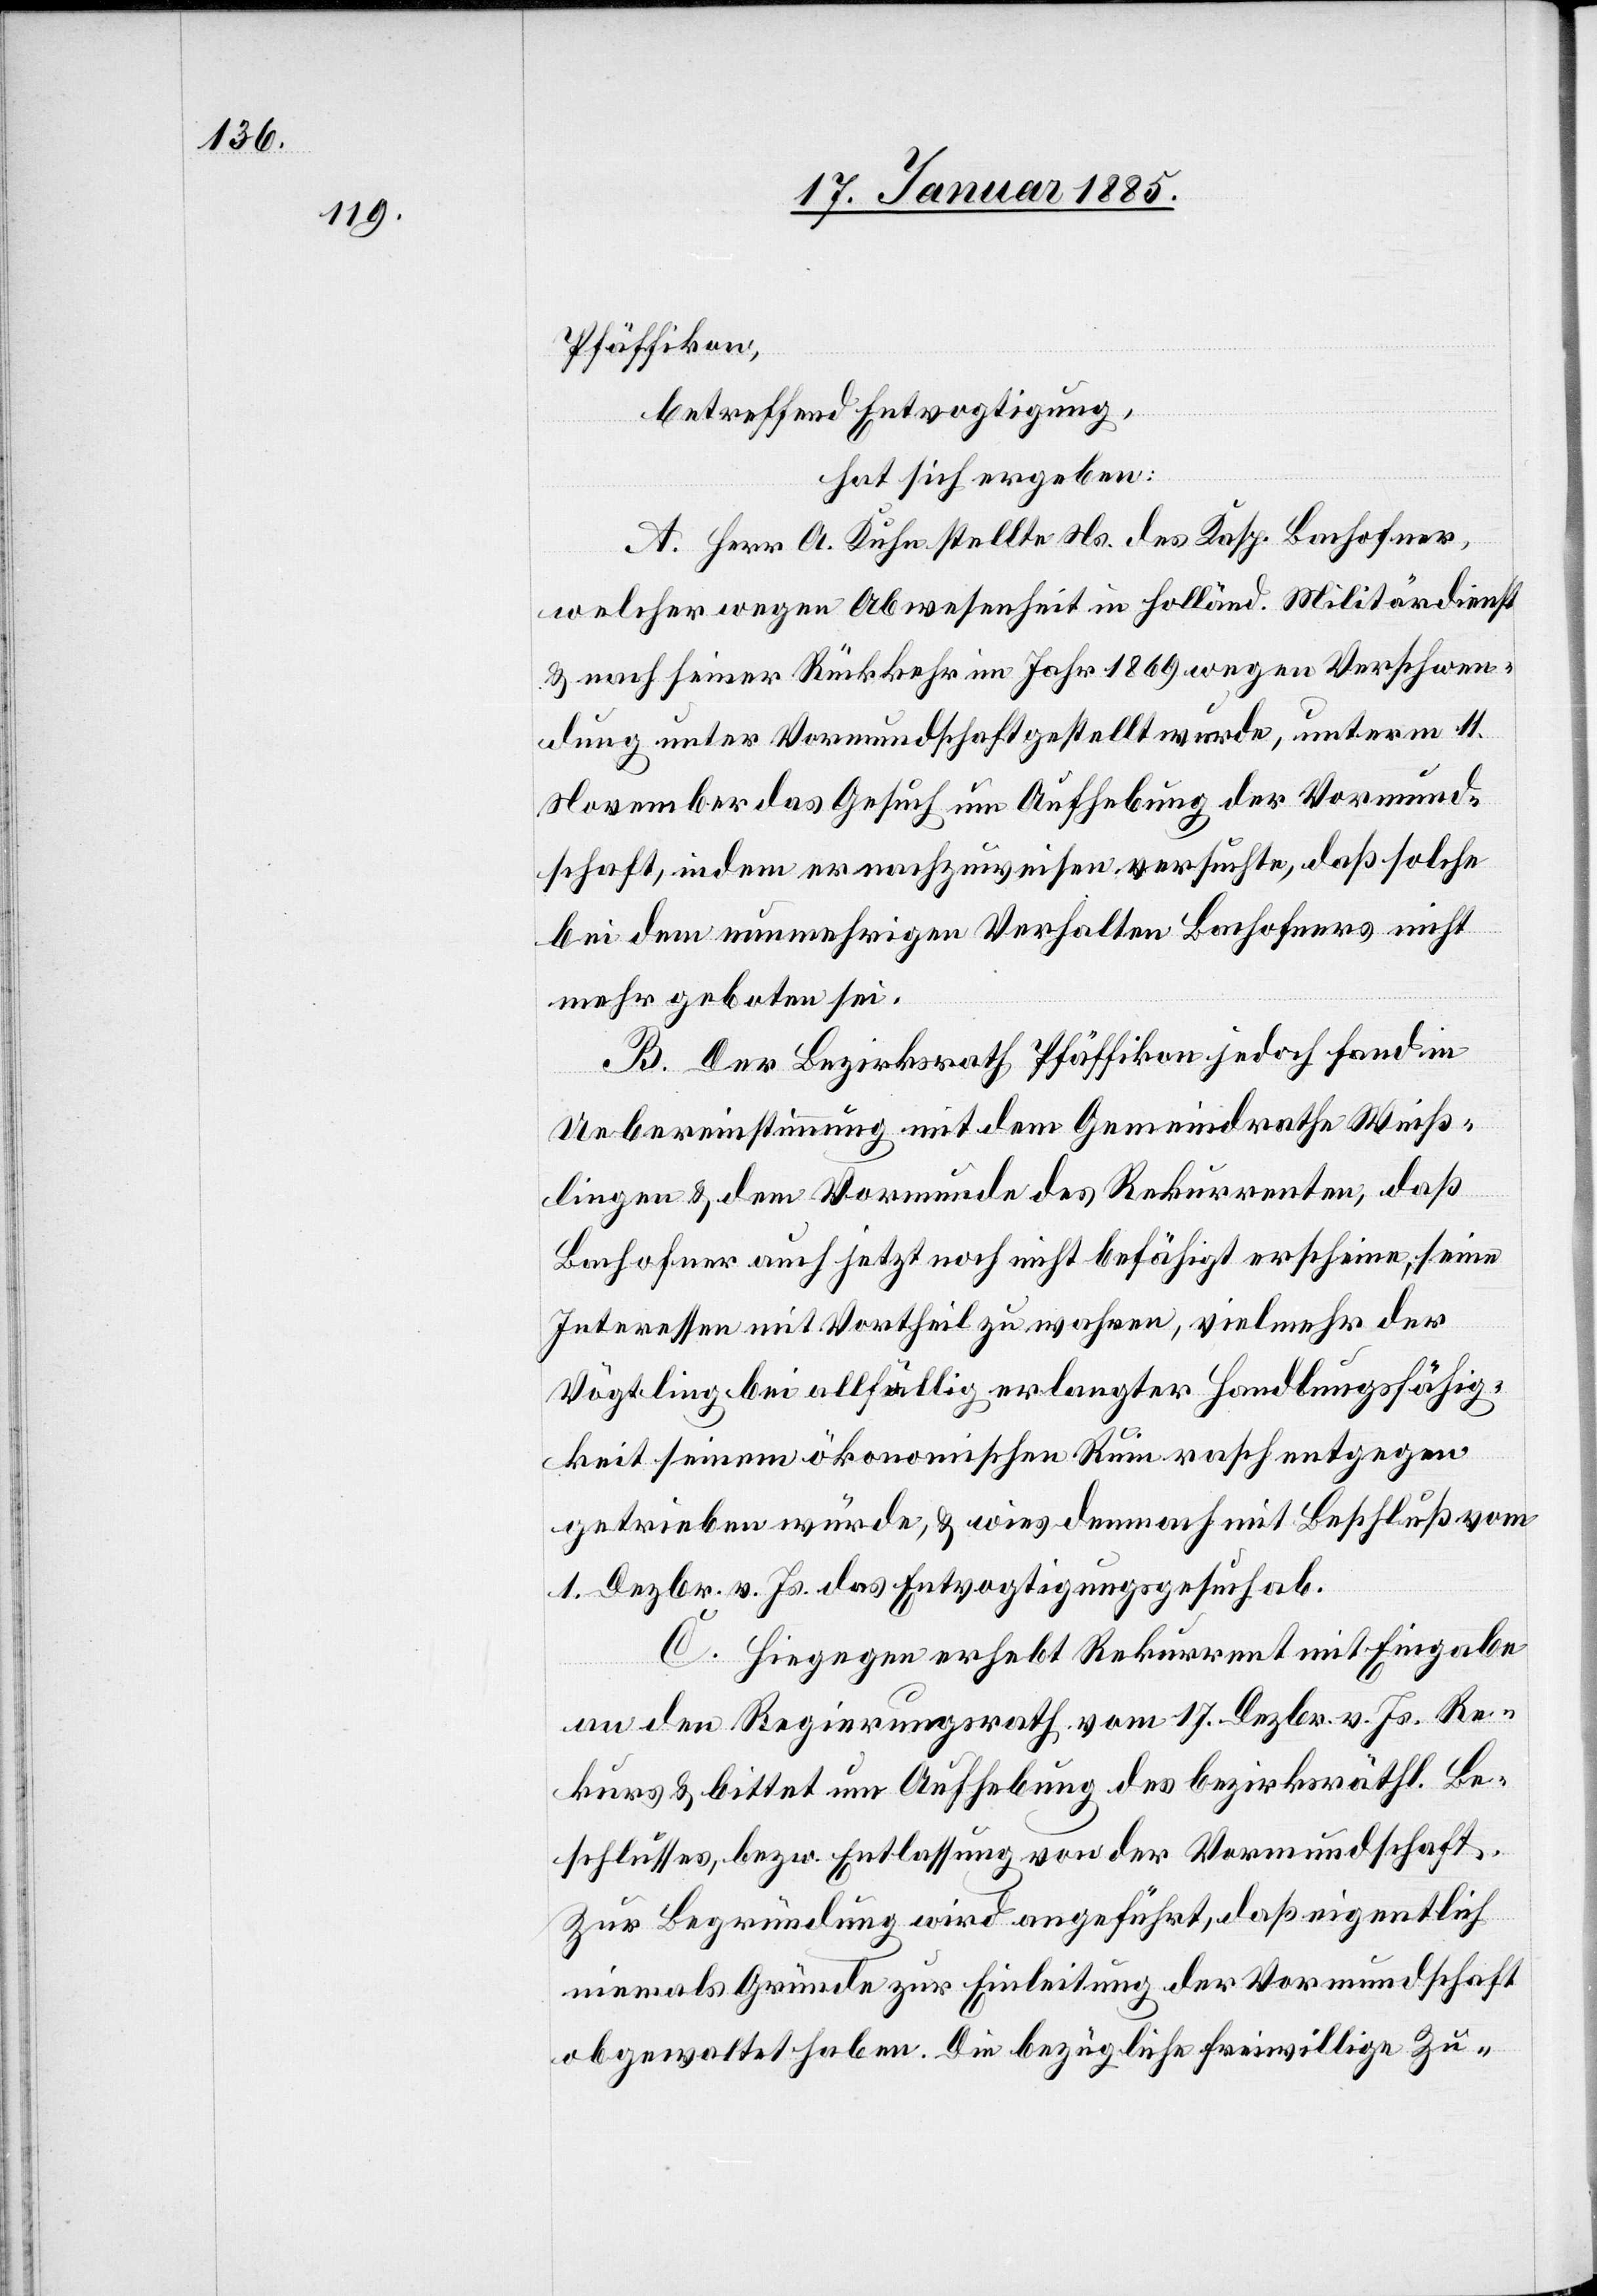
Pfäffikon,
betreffend Entvogtigung,
hat sich ergeben:
A. Herr A. Kuhn stellte Ns. des Kasp. Bachofner,
welcher wegen Abwesenheit in holländ. Militärdienst
& nach seiner Rückkehr im Jahr 1869 wegen Verschwen¬
dung unter Vormundschaft gestellt wurde, unterm 11.
November das Gesuch um Aufhebung der Vormund¬
schaft, indem er nachzuweisen versuchte, daß solche
bei dem nunmehrigen Verhalten Bachofners nicht
mehr geboten sei.
B. Der Bezirksrath Pfäffikon jedoch fand in
Uebereinstimmung mit dem Gemeindrathe Weiß¬
lingen & dem Vormunde des Rekurrenten, daß
Bachofner auch jetzt noch nicht befähigt erscheine, seine
Interessen mit Vortheil zu wachen, vielmehr der
Vögtling bei allfällig erlangter Handlungsfähig¬
keit seinem ökonomischen Rum rasch entgegen
getrieben würde, & wies demnach mit Beschluß vom
1. Dezbr. v. Js. das Entvogtigungsgesuch ab.
C. Hiegegen erhebt Rekurrent mit Eingabe
an den Regierungsrath vom 17. Dezbr. v. Js. Re¬
kurs & bittet um Aufhebung des bezirksräthl. Be¬
schlusses, bezw. Entlassung von der Vormundschaft.
Zur Begründung wird angeführt, daß eigentlich
niemals Gründe zur Einleitung der Vormundschaft
obgewaltet haben. Die bezügliche freiwillige Zu-